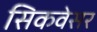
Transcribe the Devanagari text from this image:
सिकवेसर